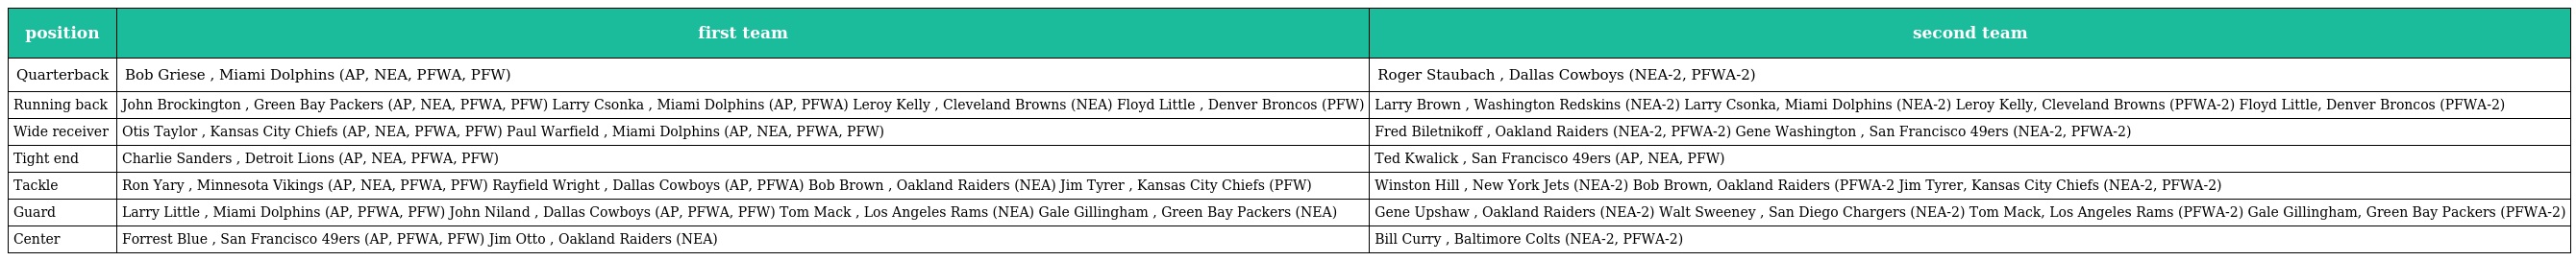
| position | first team | second team |
 | --- | --- | --- |
 | Quarterback | Bob Griese , Miami Dolphins (AP, NEA, PFWA, PFW) | Roger Staubach , Dallas Cowboys (NEA-2, PFWA-2) |
 | Running back | John Brockington , Green Bay Packers (AP, NEA, PFWA, PFW) Larry Csonka , Miami Dolphins (AP, PFWA) Leroy Kelly , Cleveland Browns (NEA) Floyd Little , Denver Broncos (PFW) | Larry Brown , Washington Redskins (NEA-2) Larry Csonka, Miami Dolphins (NEA-2) Leroy Kelly, Cleveland Browns (PFWA-2) Floyd Little, Denver Broncos (PFWA-2) |
 | Wide receiver | Otis Taylor , Kansas City Chiefs (AP, NEA, PFWA, PFW) Paul Warfield , Miami Dolphins (AP, NEA, PFWA, PFW) | Fred Biletnikoff , Oakland Raiders (NEA-2, PFWA-2) Gene Washington , San Francisco 49ers (NEA-2, PFWA-2) |
 | Tight end | Charlie Sanders , Detroit Lions (AP, NEA, PFWA, PFW) | Ted Kwalick , San Francisco 49ers (AP, NEA, PFW) |
 | Tackle | Ron Yary , Minnesota Vikings (AP, NEA, PFWA, PFW) Rayfield Wright , Dallas Cowboys (AP, PFWA) Bob Brown , Oakland Raiders (NEA) Jim Tyrer , Kansas City Chiefs (PFW) | Winston Hill , New York Jets (NEA-2) Bob Brown, Oakland Raiders (PFWA-2 Jim Tyrer, Kansas City Chiefs (NEA-2, PFWA-2) |
 | Guard | Larry Little , Miami Dolphins (AP, PFWA, PFW) John Niland , Dallas Cowboys (AP, PFWA, PFW) Tom Mack , Los Angeles Rams (NEA) Gale Gillingham , Green Bay Packers (NEA) | Gene Upshaw , Oakland Raiders (NEA-2) Walt Sweeney , San Diego Chargers (NEA-2) Tom Mack, Los Angeles Rams (PFWA-2) Gale Gillingham, Green Bay Packers (PFWA-2) |
 | Center | Forrest Blue , San Francisco 49ers (AP, PFWA, PFW) Jim Otto , Oakland Raiders (NEA) | Bill Curry , Baltimore Colts (NEA-2, PFWA-2) |